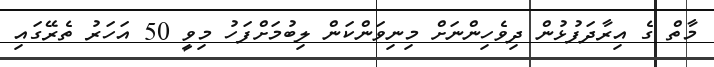
މާތް ގެ އިރާދަފުޅުން ދިވެހިންނަށް މިނިވަންކަން ލިބުމަށްފަހު މިވީ 50 އަހަރު ތެރޭގައި